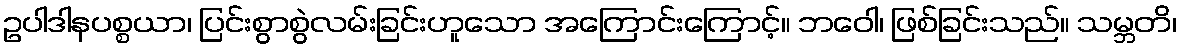
ဥပါဒါနပစ္စယာ၊ ပြင်းစွာစွဲလမ်းခြင်းဟူသော အကြောင်းကြောင့်။ ဘဝေါ၊ ဖြစ်ခြင်းသည်။ သမ္ဘတိ၊